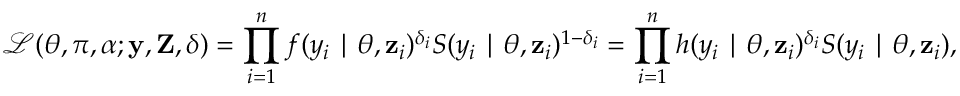
\mathcal { L } ( \boldsymbol { \theta } , \pi , \alpha ; \mathbf { y } , \mathbf { Z } , \boldsymbol { \delta } ) = \prod _ { i = 1 } ^ { n } f ( y _ { i } \mid \boldsymbol { \theta } , \mathbf { z } _ { i } ) ^ { \delta _ { i } } S ( y _ { i } \mid \boldsymbol { \theta } , \mathbf { z } _ { i } ) ^ { 1 - \delta _ { i } } = \prod _ { i = 1 } ^ { n } h ( y _ { i } \mid \boldsymbol { \theta } , \mathbf { z } _ { i } ) ^ { \delta _ { i } } S ( y _ { i } \mid \boldsymbol { \theta } , \mathbf { z } _ { i } ) ,